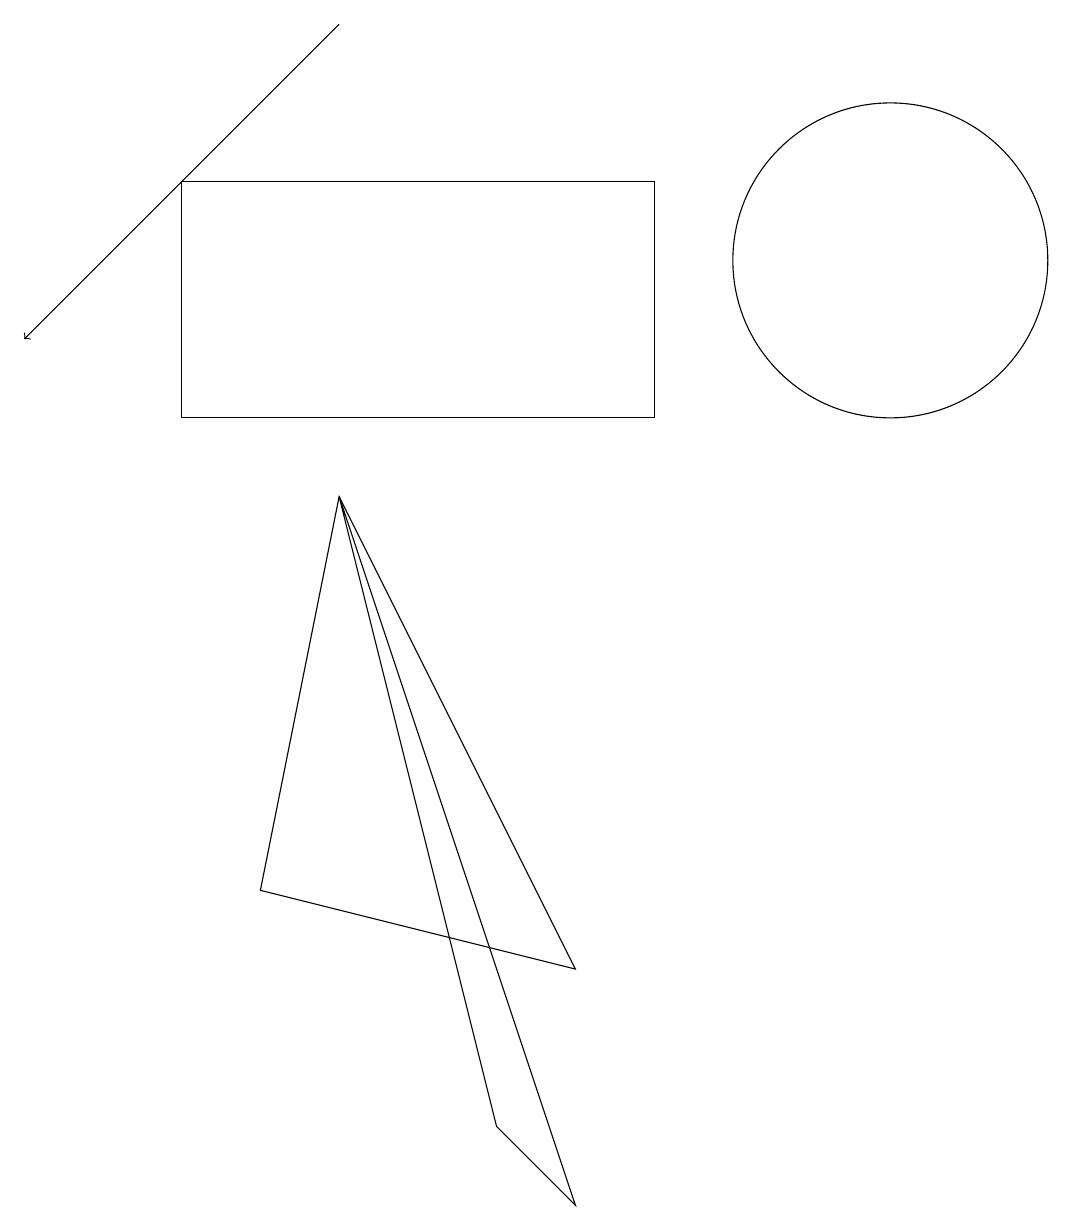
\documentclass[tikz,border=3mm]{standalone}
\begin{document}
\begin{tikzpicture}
\draw (11,11) circle (0);
\draw[->] (5,15) -- (1,11);
\draw (5,9) -- (4,4) -- (8,3) -- cycle;
\draw (5,9) -- (7,1) -- (8,0) -- cycle;
\draw (12,12) circle (2);
\draw (9,13) rectangle (3,10);
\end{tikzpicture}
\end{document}